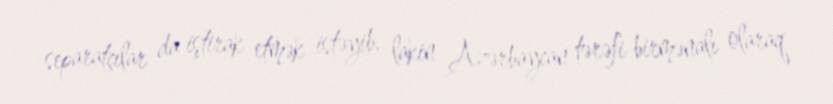
separatçılar da iştirak etmək istəyib, lakin Azərbaycan tərəfi birmənalı olaraq